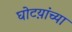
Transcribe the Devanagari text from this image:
घोटय़ांच्या